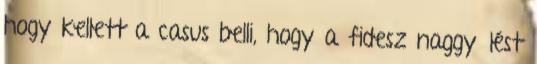
hogy kellett a casus belli, hogy a fidesz naggyűlést